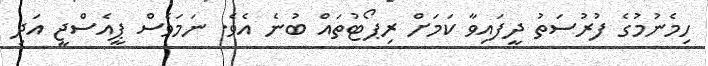
ހިމެނުމުގެ ފުރުސަތު ދީފައިވާ ކަމަށް ރިޕޯޓުތައް ބުނެ އެވެ. ނަމަވެސް ޕީއެސްޖީ އަދި